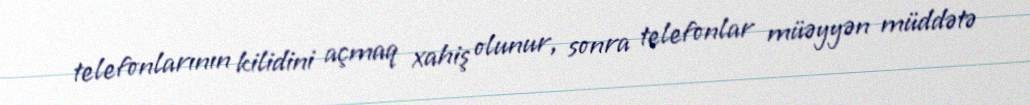
telefonlarının kilidini açmaq xahiş olunur, sonra telefonlar müəyyən müddətə